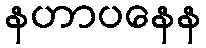
နဟာပနေန